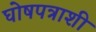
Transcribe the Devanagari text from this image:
घोषपत्राशी